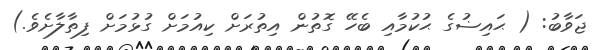
ޖަވާބު: ( ޙައިޟުގެ ޙުކުމާއި ބެހޭ ގޮތުން އިތުރަށް ކިއުމަށް ގުޅުމަށް ފިތާލާށެވެ.)